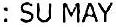
: SU MAY